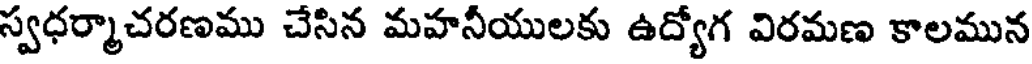
స్వధర్మాచరణము చేసిన మహనీయులకు ఉద్యోగ విరమణ కాలమున